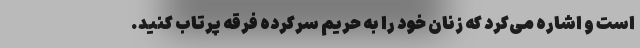
است و اشاره می‌کرد که زنان خود را به حریم سرکرده فرقه پرتاب کنید.